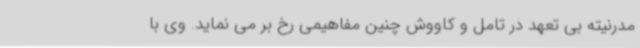
مدرنیته بی تعهد در تامل و کاووش چنین مفاهیمی رخ بر می نماید. وی با